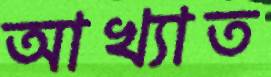
আখ্যাত